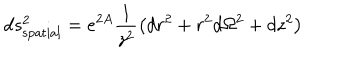
d s _ { \mathrm { s p a t i a l } } ^ { 2 } = e ^ { 2 A } \frac { 1 } { z ^ { 2 } } \left( d r ^ { 2 } + r ^ { 2 } d \Omega ^ { 2 } + d z ^ { 2 } \right)